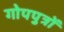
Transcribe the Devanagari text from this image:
गोपपुत्रों